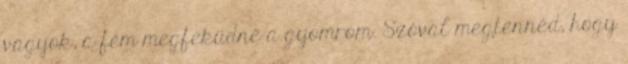
vagyok, a fém megfeküdné a gyomrom. Szóval megtennéd, hogy